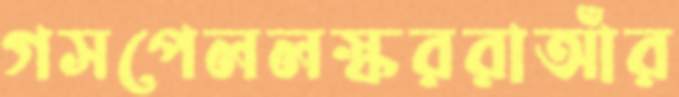
গসপেললস্কররাআঁর